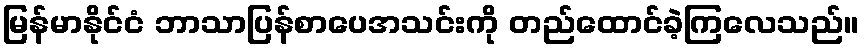
မြန်မာနိုင်ငံ ဘာသာပြန်စာပေအသင်းကို တည်ထောင်ခဲ့ကြလေသည်။